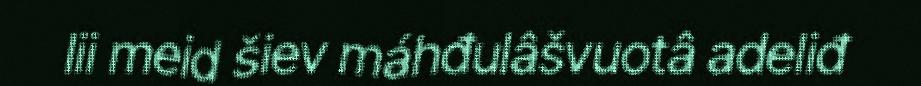
lii meid šiev máhđulâšvuotâ adeliđ